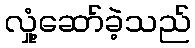
လှုံ့ဆော်ခဲ့သည်